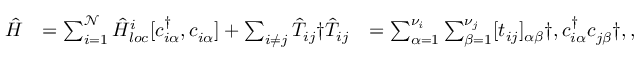
\begin{array} { r l r } { \hat { H } } & { = \sum _ { i = 1 } ^ { \mathcal { N } } \hat { H } _ { l o c } ^ { i } [ c _ { i \alpha } ^ { \dagger } , c _ { i \alpha } ^ { \phantom { \dagger } } ] + \sum _ { i \neq j } \hat { T } _ { i j } \dag \hat { T } _ { i j } } & { = \sum _ { \alpha = 1 } ^ { \nu _ { i } } \sum _ { \beta = 1 } ^ { \nu _ { j } } [ t _ { i j } ] _ { \alpha \beta } \dag , c _ { i \alpha } ^ { \dagger } c _ { j \beta } ^ { \phantom { \dagger } } \dag , , } \end{array}